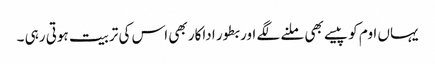
یہاں اوم کو پیسے بھی ملنے لگے اور بطور اداکار بھی اس کی تربیت ہوتی رہی ۔